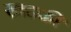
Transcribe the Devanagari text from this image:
खटकी